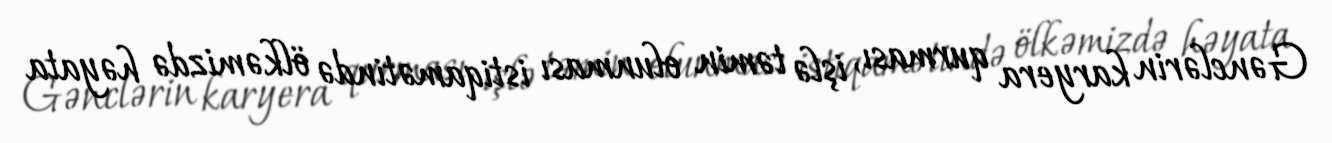
Gənclərin karyera qurması, işlə təmin olunması istiqamətində ölkəmizdə həyata